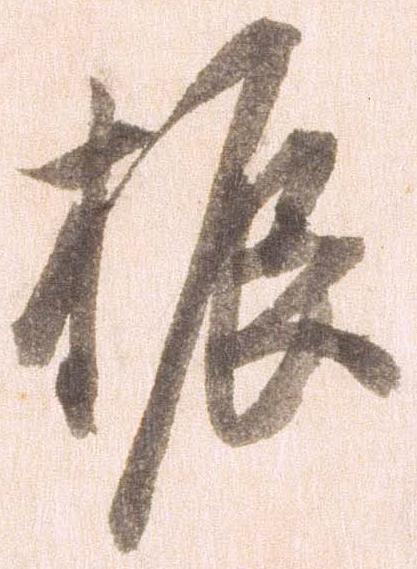
振